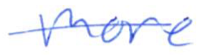
Text: more
Cross-out: mix
Writing tool: ballpoint